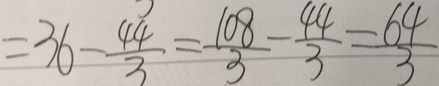
= 3 6 - \frac { 4 4 } { 3 } = \frac { 1 0 8 } { 3 } - \frac { 4 4 } { 3 } = \frac { 6 4 } { 3 }